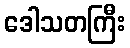
ဒေါသတကြီး